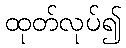
ထုတ်လုပ်၍